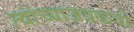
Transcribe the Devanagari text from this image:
त्यांच्याजवळची